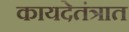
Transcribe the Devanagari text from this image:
कायदेतंत्रात